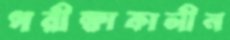
পরীক্ষাকালীন